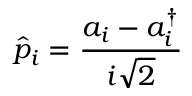
\hat { p } _ { i } = \frac { a _ { i } - a _ { i } ^ { \dagger } } { i \sqrt { 2 } }